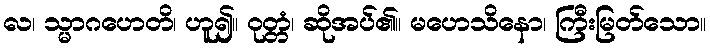
လ၊ သ္မာဂဟေတိ၊ ဟူ၍။ ဝုတ္တံ၊ ဆိုအပ်၏။ မဟေသိနော၊ ကြီးမြတ်သော။